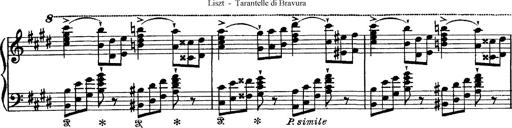
Title: Tarantelle di bravura dâ€™aprÃ¨s la tarantelle de La muette de Portici
Composer: Franz Liszt